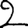
Digit: 2